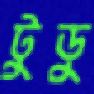
টুডু